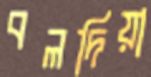
বলদিয়া